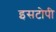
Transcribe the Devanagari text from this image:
इसटोपी